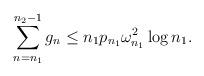
LaTeX: \begin{align*}\sum_{n=n_1}^{n_2-1} g_n \le n_1 p_{n_1} \omega^{2}_{n_1}\log n_1.\end{align*}